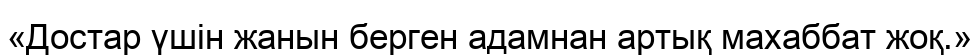
«Достар үшін жанын берген адамнан артық махаббат жоқ.»